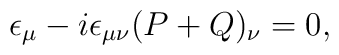
\epsilon_\mu -i\epsilon_{\mu\nu}(P+Q)_\nu =0,